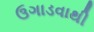
ઉગાડવાથી